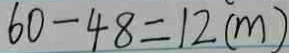
6 0 - 4 8 = 1 2 ( m )